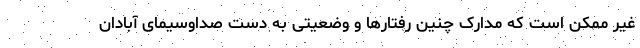
غیر ممکن است که مدارک چنین رفتارها و وضعیتی به دست صداوسیمای آبادان